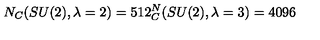
N _ { C } ( S U ( 2 ) , \lambda = 2 ) = 5 1 2 \sp N _ { C } ( S U ( 2 ) , \lambda = 3 ) = 4 0 9 6